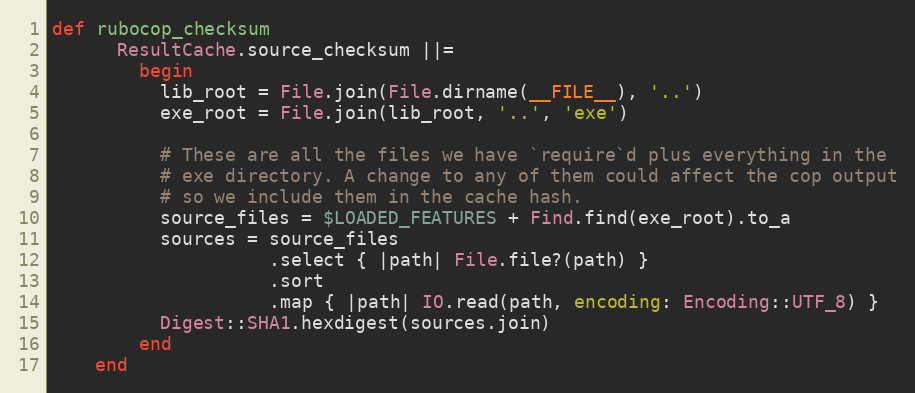
Language: Ruby
def rubocop_checksum
      ResultCache.source_checksum ||=
        begin
          lib_root = File.join(File.dirname(__FILE__), '..')
          exe_root = File.join(lib_root, '..', 'exe')

          # These are all the files we have `require`d plus everything in the
          # exe directory. A change to any of them could affect the cop output
          # so we include them in the cache hash.
          source_files = $LOADED_FEATURES + Find.find(exe_root).to_a
          sources = source_files
                    .select { |path| File.file?(path) }
                    .sort
                    .map { |path| IO.read(path, encoding: Encoding::UTF_8) }
          Digest::SHA1.hexdigest(sources.join)
        end
    end